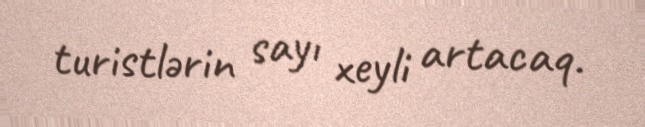
turistlərin sayı xeyli artacaq.